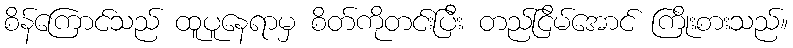
စိန်ကြောင်သည် ထူပူနေရာမှ စိတ်ကိုတင်းပြီး တည်ငြိမ်အောင် ကြိုးစားသည်။